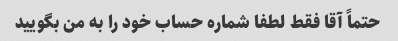
حتماً آقا فقط لطفا شماره حساب خود را به من بگویید